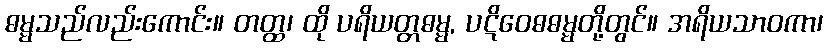
ဓမ္မသည်လည်းကောင်း။ တတ္ထ၊ ထို ပရိယတ္တဓမ္မ, ပဋိဝေဓဓမ္မတို့တွင်။ အရိယသာဝကာ၊